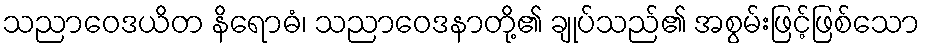
သညာဝေဒယိတ နိရောဓံ၊ သညာဝေဒနာတို့၏ ချုပ်သည်၏ အစွမ်းဖြင့်ဖြစ်သော